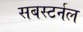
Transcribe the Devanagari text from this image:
सबस्टर्नल